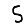
Digit: 5